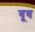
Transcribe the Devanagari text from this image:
वूव